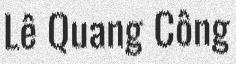
Lê Quang Công